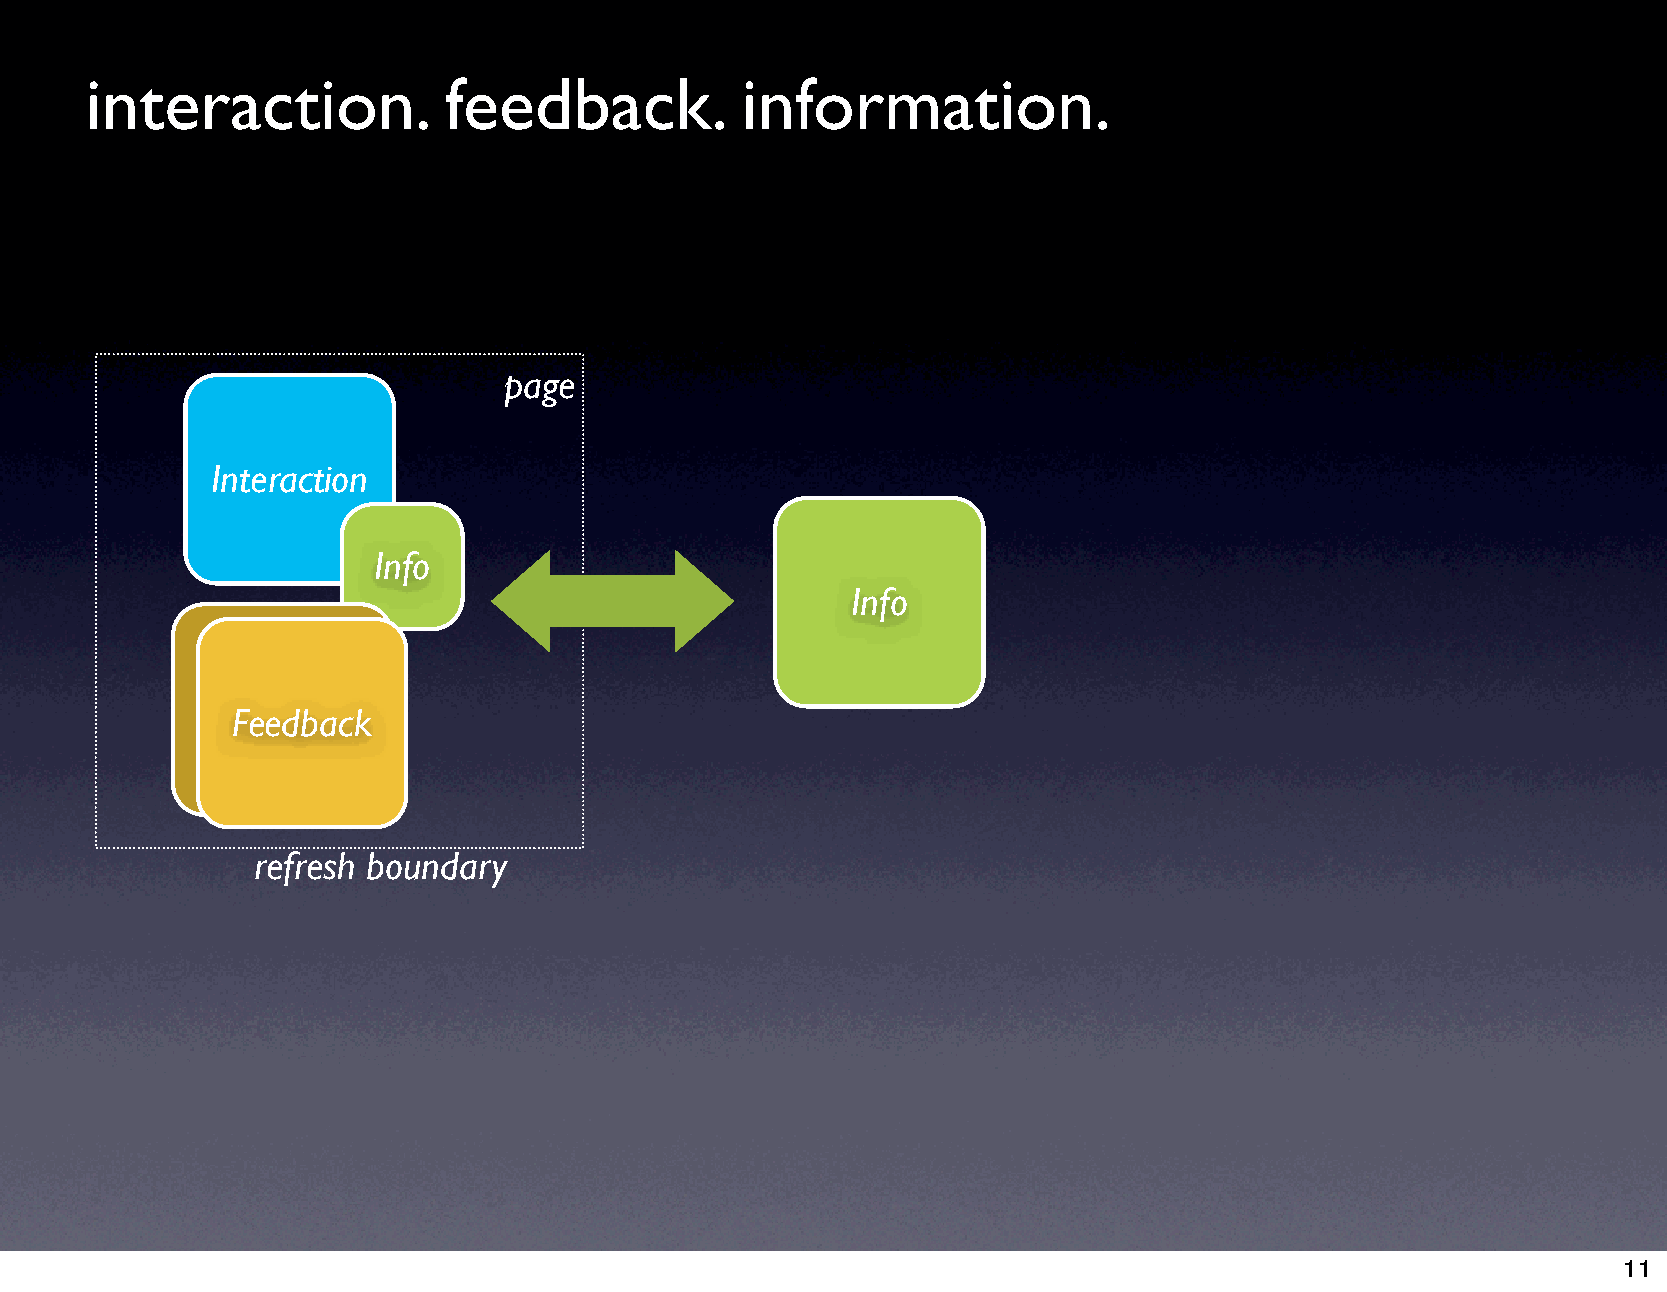
interaction.           feedback.           information.
 page
 Interaction
 Info
 Info
 Feedback
 refresh boundary
 11